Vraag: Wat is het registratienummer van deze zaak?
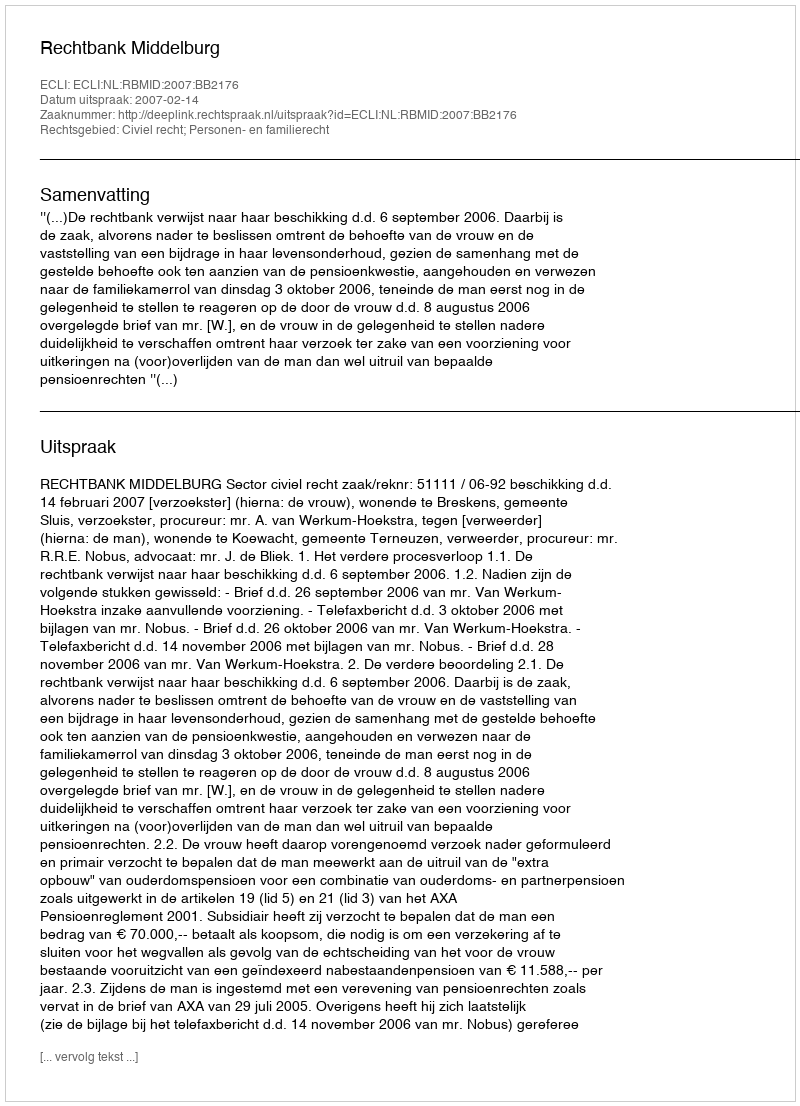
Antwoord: http://deeplink.rechtspraak.nl/uitspraak?id=ECLI:NL:RBMID:2007:BB2176